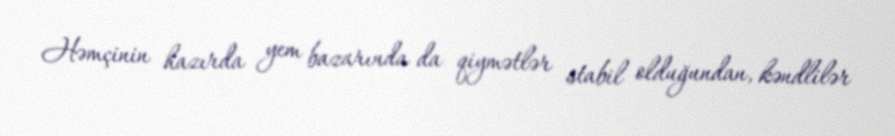
Həmçinin hazırda yem bazarında da qiymətlər stabil olduğundan, kəndlilər